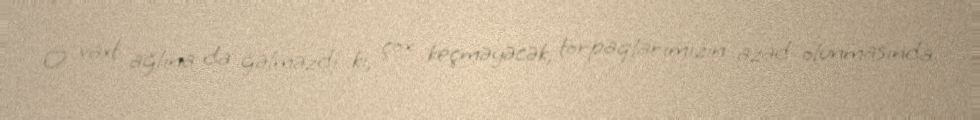
O vaxt ağlına da gəlməzdi ki, çox keçməyəcək, torpaqlarımızın azad olunmasında